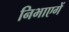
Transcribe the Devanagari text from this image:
निभाएगें